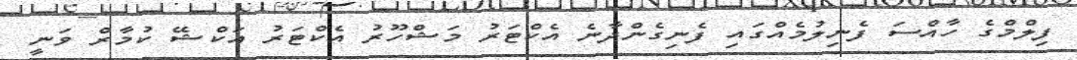
ފިލްމްގެ ހާއްސަ ފެނިލުމެއްގައި ފެނިގެންދާނެ އެކްޓަރު މަޝްހޫރު އެކްޓަރު އަކްޝޭ ކުމާރް ވަނީ